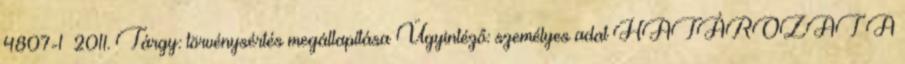
4807-1 2011. Tárgy: törvénysértés megállapítása Ügyintéző: személyes adat HATÁROZAT A